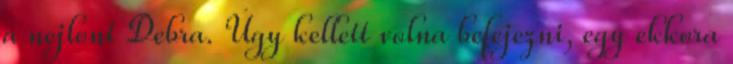
a nejlont Debra. Úgy kellett volna befejezni, egy ekkora